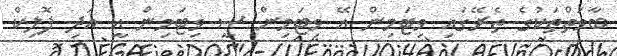
ބާވަތްތަކުގެ ތެރޭގައި ވިޓަމިން އޭ ވިޓަމިން ސީ ވިޓަމިން އީ އަދި ފޮލިކް